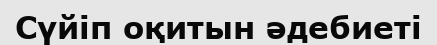
Сүйіп оқитын әдебиеті